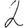
Digit: 2